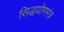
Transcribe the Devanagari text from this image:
सिद्धयोगमंत्र